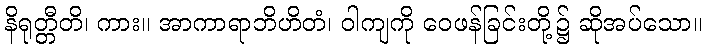
နိရုတ္တီတိ၊ ကား။ အာကာရာဘိဟိတံ၊ ဝါကျကို ဝေဖန်ခြင်းတို့၌ ဆိုအပ်သော။